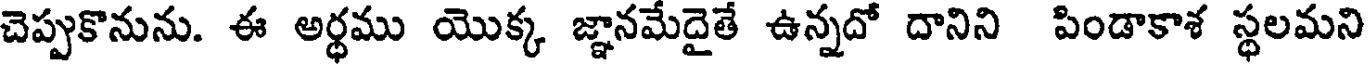
చెప్పుకొనును. ఈ అర్థము యొక్క జ్ఞానమేదైతే ఉన్నదో దానిని పిండాకాశ స్థలమని